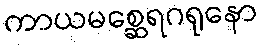
ကာယမစ္ဆေရဂရုနော